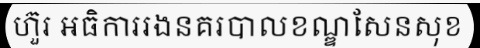
ហ៊ួរ អធិការរងនគរបាលខណ្ឌសែនសុខ